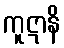
ကူဋာနိ